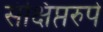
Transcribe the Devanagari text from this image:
संक्षिप्तरुपे